Leaving Certificate Examination, 1909
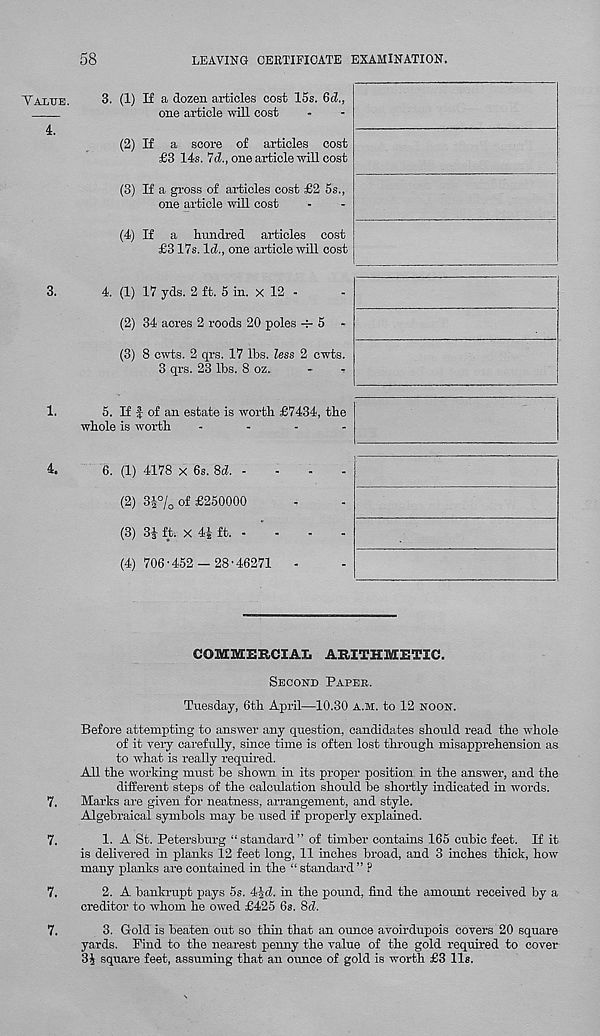
58
LEAVING CERTIFICATE EXAMINATION.
Yaltje.
4.
3.
1.
4.
3. (1) If a dozen articles cost 15s. 6d.,
one article will cost
(2) If a score of articles cost
£3 14s. 7ci, one article will cost
(3) If a gross of articles cost £2 5s.,
one article will cost
(4) If a hundred articles cost
£317s. Id., one article will cost
4. (1) 17 yds. 2 ft. 5 in. x 12 -
(2) 34 acres 2 roods 20 poles 5 -
(3) 8 cwts. 2 qrs. 17 lbs. less 2 cwts.
3 qrs. 23 lbs. 8 oz.
5. If f of an estate is worth £7434, the
whole is worth
....
6. (1) 4178 x 6s. 8d. -
(2) 34% of £250000
(3) 3i ft. x 4! ft. -
(4) 706-452 - 28'46271 -
COMMERCIAL ARITHMETIC.
Second Paper.
Tuesday, 6th April—10.30 a.m. to 12 noon.
Before attempting to answer any question, candidates should read the whole
of it very carefully, since time is often lost through misapprehension as
to what is really required.
All the working must be shown in its proper position in the answer, and the
different steps of the calculation should be shortly indicated in words.
7. Marks are given for neatness, arrangement, and style.
Algebraical symbols may be used if properly explained.
7.
1. A St. Petersburg “ standard ” of timber contains 165 cubic feet. If it
is delivered in planks 12 feet long, 11 inches broad, and 3 inches thick, how
many planks are contained in the “ standard” F
7.
2. A bankrupt pays 5s. 44d. in the pound, find the amount received by a
creditor to whom he owed £425 6s. 8d.
7.
3. Gold is beaten out so thin that an ounce avoirdupois covers 20 squar-e
yards. Find to the nearest penny the value of the gold required to cover
3J square feet, assuming that an ounce of gold is worth £3 llg.